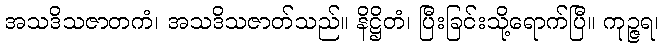
အသဒိသဇာတကံ၊ အသဒိသဇာတ်သည်။ နိဋ္ဌိတံ၊ ပြီးခြင်းသို့ရောက်ပြီ။ ကုဉ္ဇရ၊